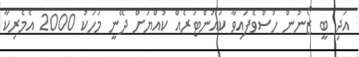
އަދި ބީ ޒޯނުން ހުސްވެފައިވާ ކައުންޓަރެއް ކުއްޔަށް ދޭނީ މަހަކު 2000 އެމެރިކާ